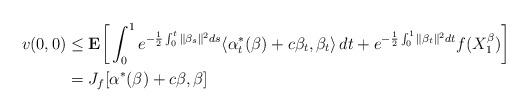
LaTeX: \begin{align*}v(0,0)&\le\mathbf{E}\bigg[\int_0^1e^{-\frac{1}{2}\int_0^t\|\beta_s\|^2ds}\langle \alpha^*_t(\beta)+c\beta_t,\beta_t\rangle\,dt+e^{-\frac{1}{2}\int_0^1\|\beta_t\|^2dt}f(X_1^\beta)\bigg] \\& = J_f[\alpha^*(\beta)+c\beta,\beta]\end{align*}